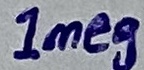
Text: 1meg